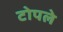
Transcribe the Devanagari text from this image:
टोपले